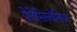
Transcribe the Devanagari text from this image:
पेनेसिल्वेनिया